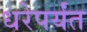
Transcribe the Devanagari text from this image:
धरेपर्यंत